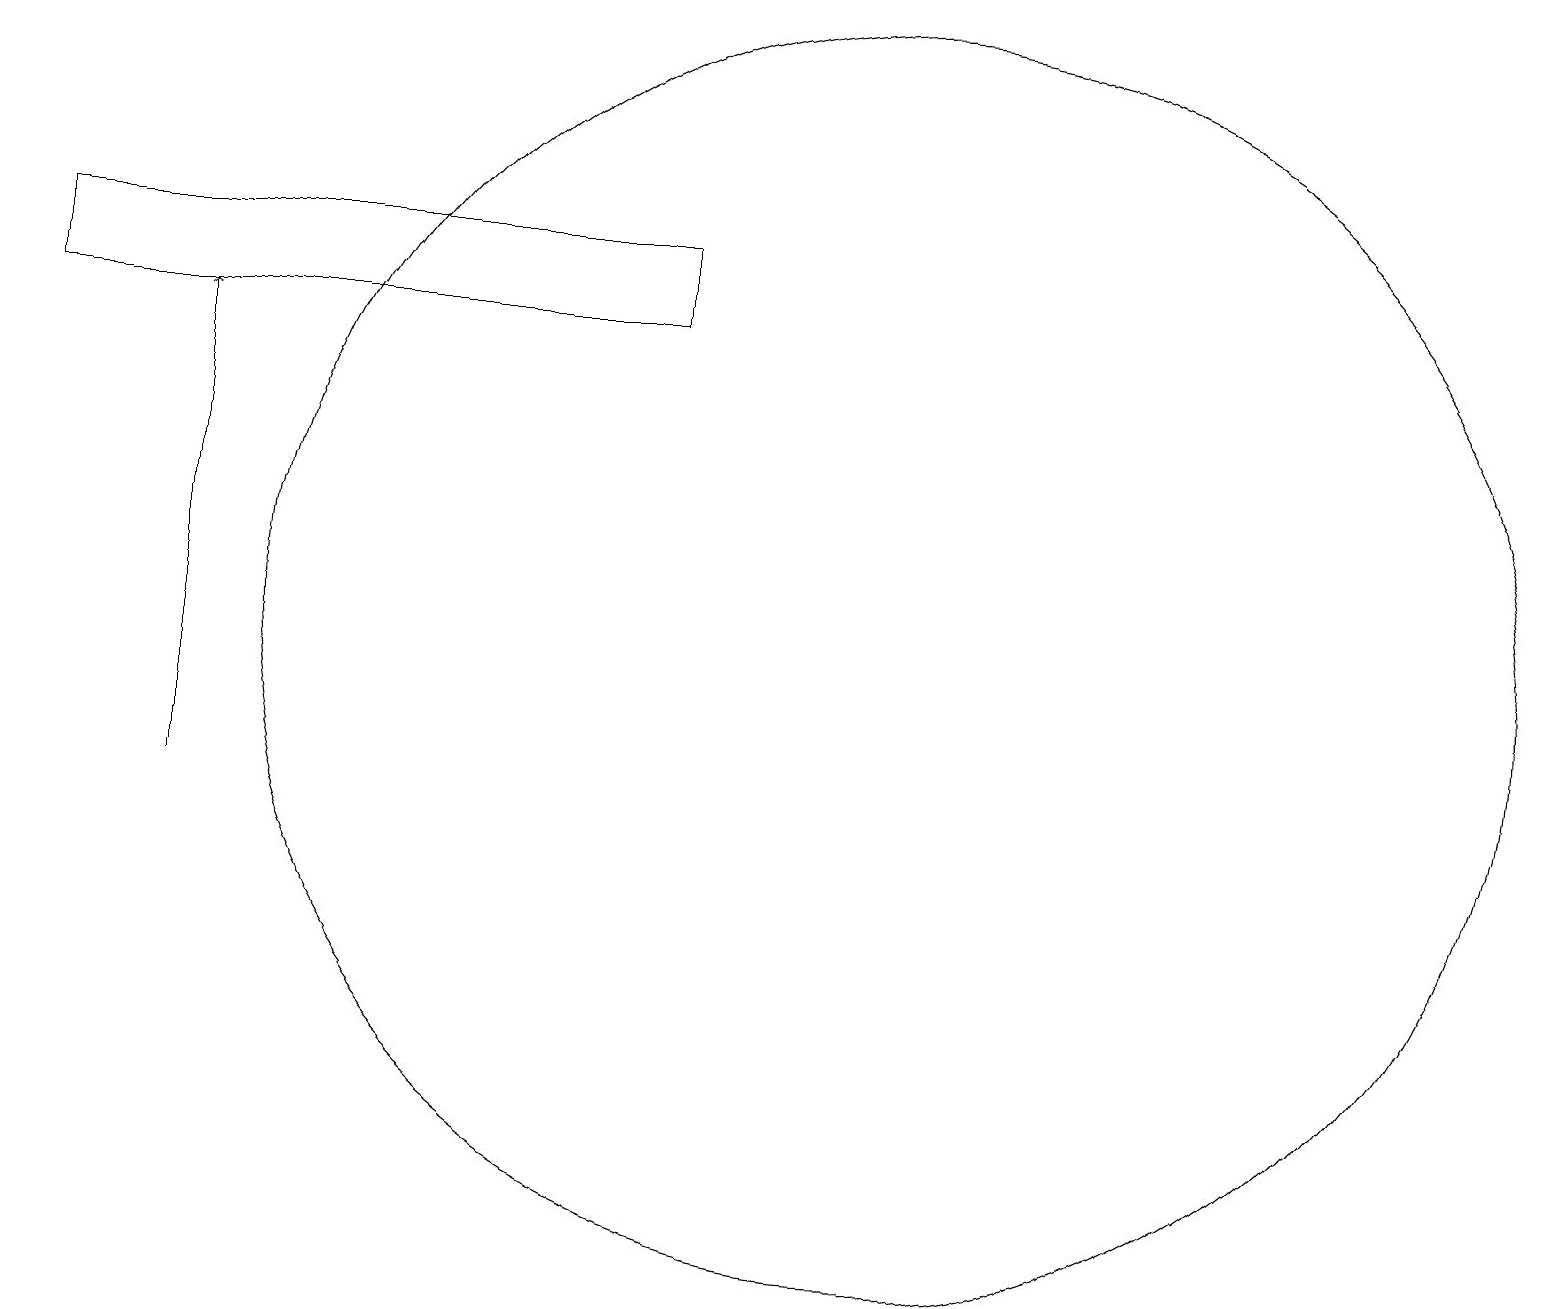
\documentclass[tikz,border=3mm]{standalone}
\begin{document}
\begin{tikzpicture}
\draw (0,17) rectangle (8,16);
\draw[->] (2,10) -- (2,16);
\draw (11,12) circle (8);
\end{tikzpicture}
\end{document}